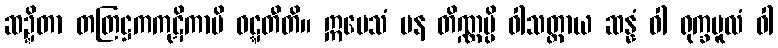
ဆဍ္ဍိတာ တတြဋ္ဌကကုဋိကာပိ ဝဋ္ဋတီတိ။ ဣမေသံ ပန တိဏ္ဏမ္ပိ ဝါသတ္ထာယ ဆန္နံ ဝါ ရုက္ခမူလံ ဝါ